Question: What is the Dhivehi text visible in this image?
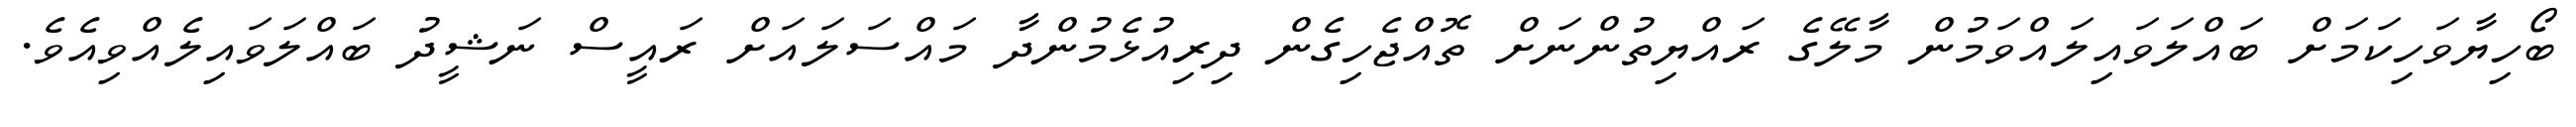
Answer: ބޯހިޔާވަހިކަމަށް ބައްލަވައިލައްވަމުން މާލޭގެ ރައްޔިތުންނަށް ތޮއްޖެހިގެން ދިރިއުޅެމުންދާ މައްސަލައަށް ރައީސް ނަޝީދު ބައްލަވައިލެއްވިއެވެ.